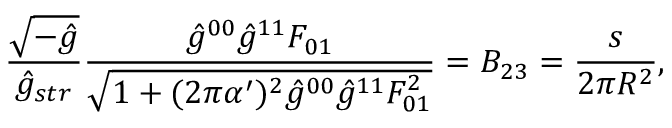
\frac { \sqrt { - \hat { g } } } { \hat { g } _ { s t r } } \frac { \hat { g } ^ { 0 0 } \hat { g } ^ { 1 1 } F _ { 0 1 } } { \sqrt { 1 + ( 2 \pi \alpha ^ { \prime } ) ^ { 2 } \hat { g } ^ { 0 0 } \hat { g } ^ { 1 1 } F _ { 0 1 } ^ { 2 } } } = B _ { 2 3 } = \frac { s } { 2 \pi R ^ { 2 } } ,